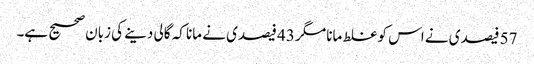
57 فیصدی نے اس کو غلط مانا مگر 43 فیصدی نے مانا کہ گالی دینے کی زبان صحیح ہے۔